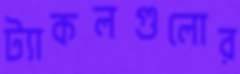
ট্যাকলগুলোর